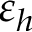
\varepsilon _ { h }